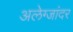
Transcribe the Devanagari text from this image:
अलेग्जांदर